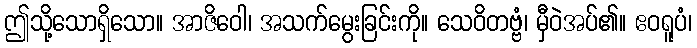
ဤသို့သောရှိသော။ အာဇိဝေါ၊ အသက်မွေးခြင်းကို။ သေဝိတဗ္ဗံ၊ မှီဝဲအပ်၏။ ဧဝရူပံ၊